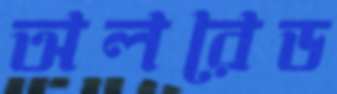
অলরেড